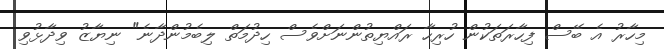
މިހާރު އެ ބޭސް ފިހާރަތަކުން ހުރިހާ ރައްޔިތުންނަށްވެސް ހިދުމަތް ލިބެމުންދާނެ" ނިޔާޒު ވިދާޅުވި